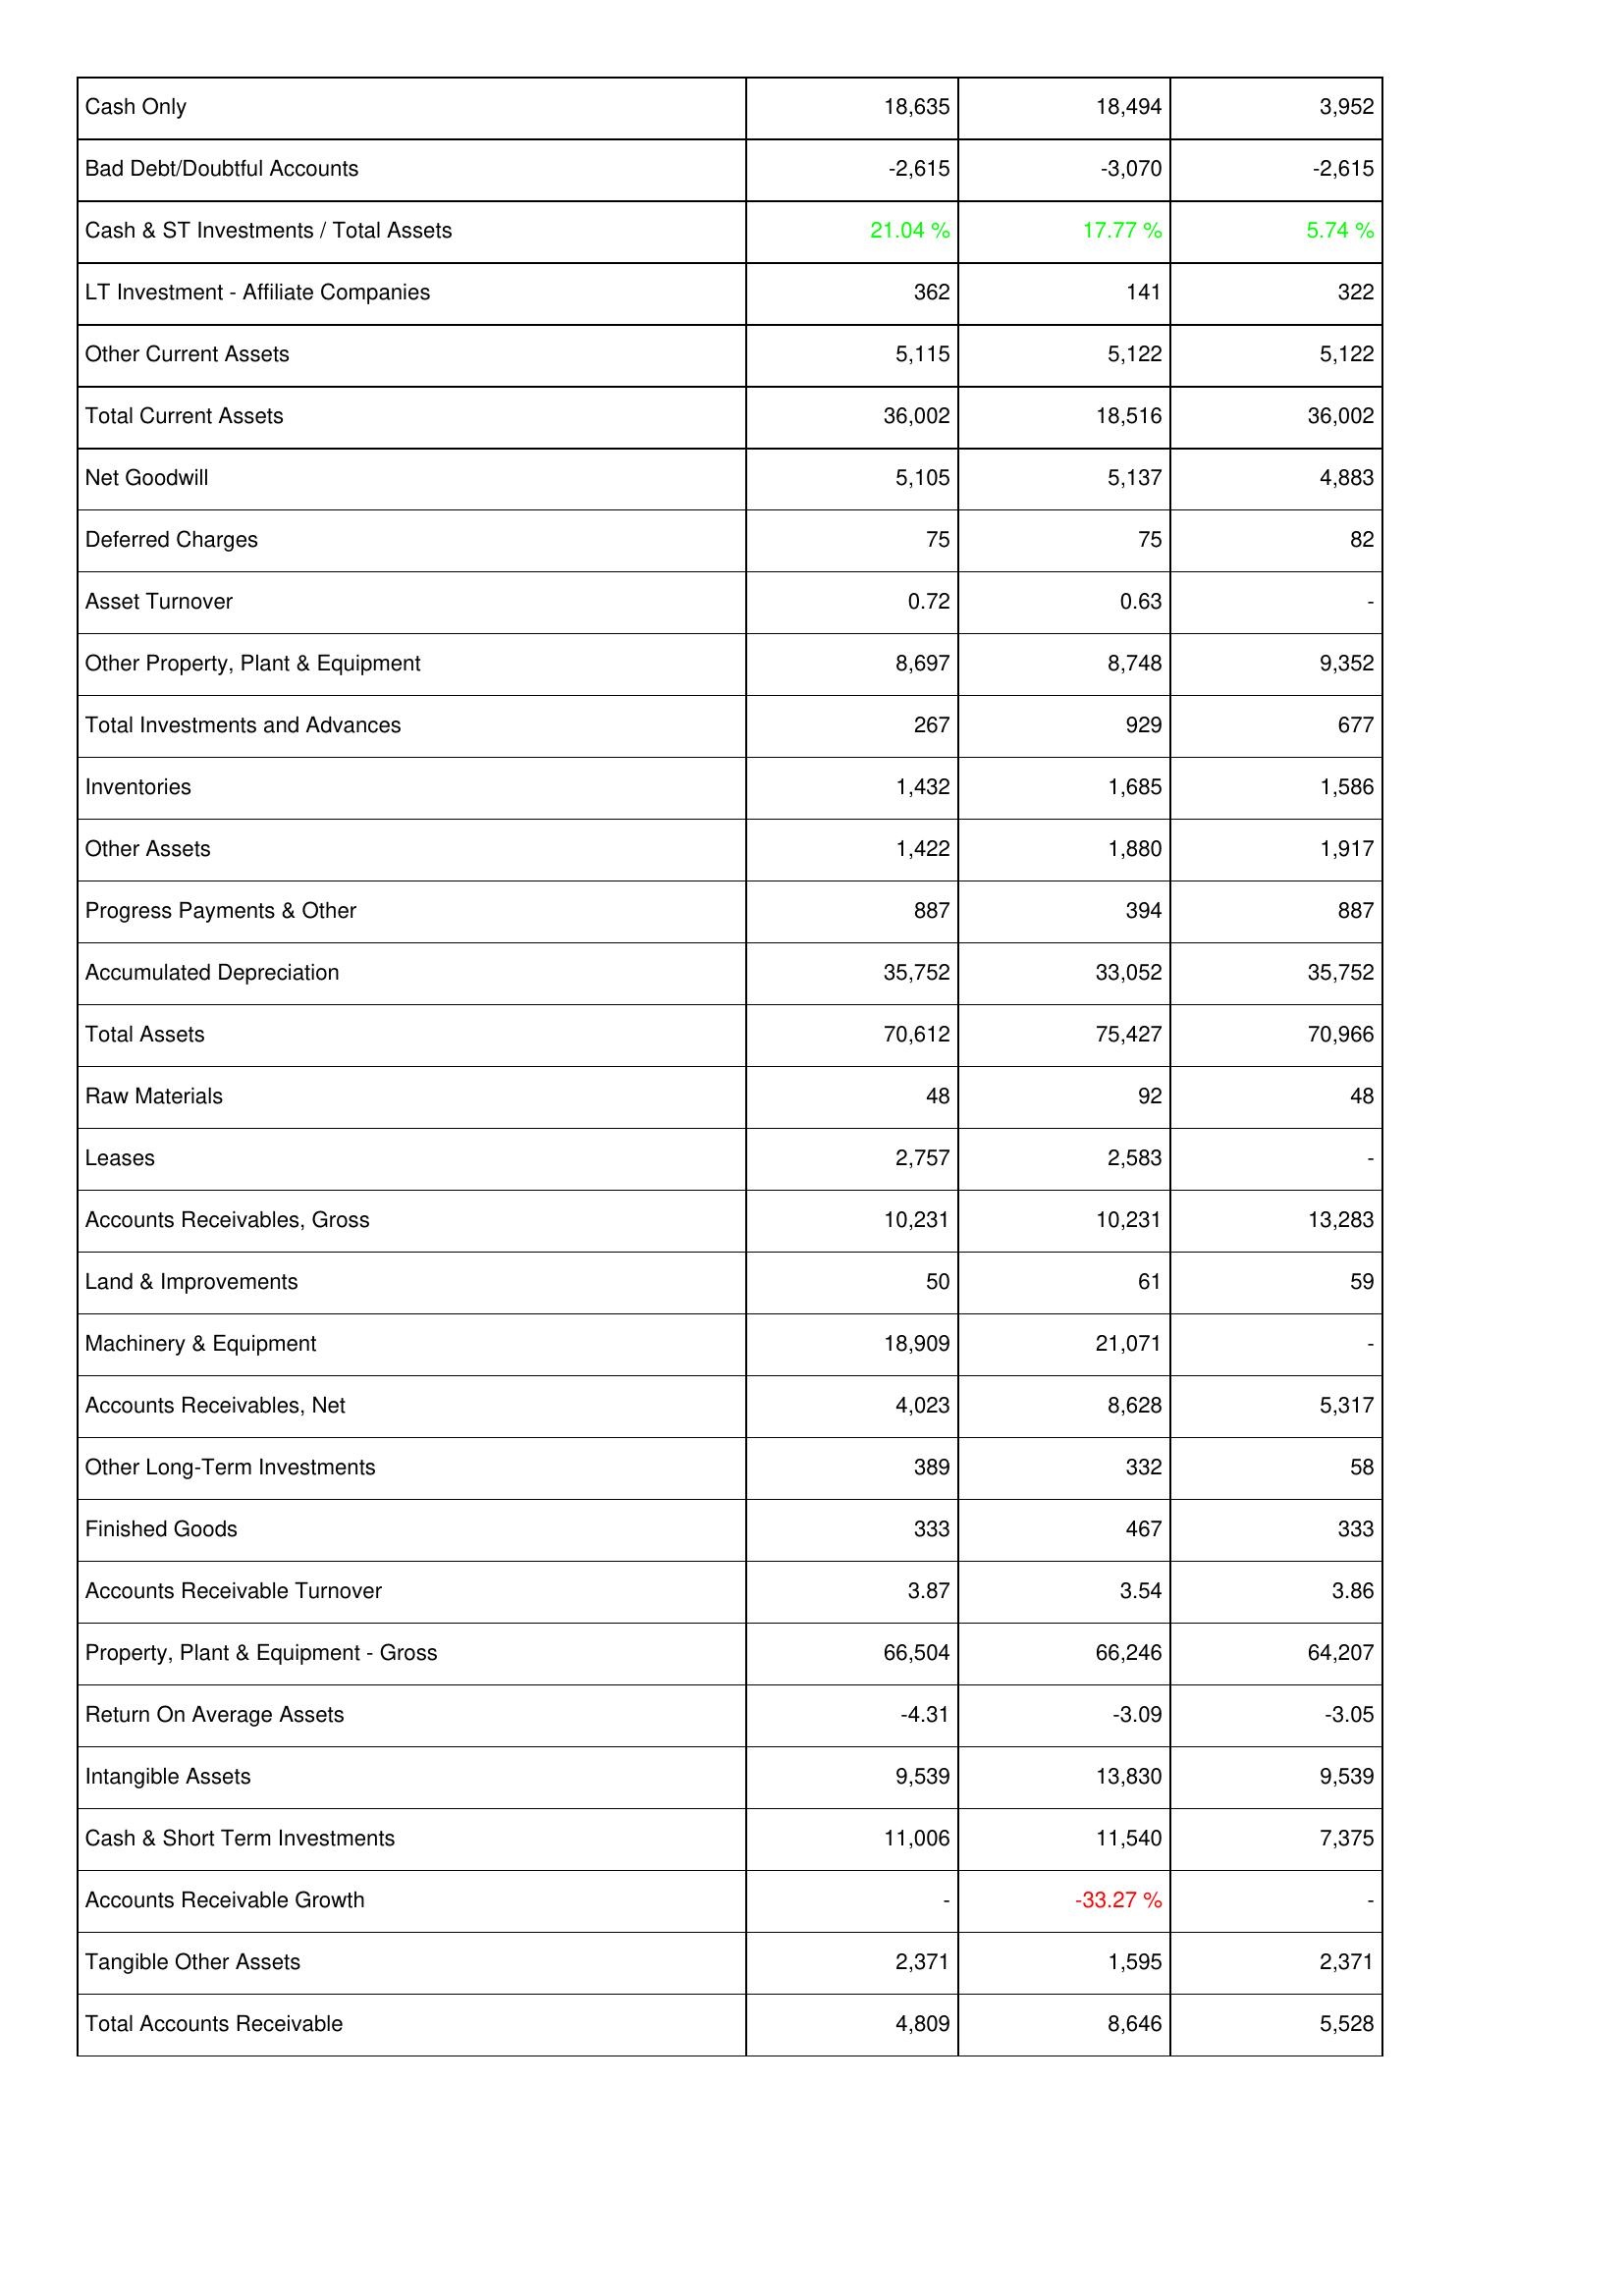
2016: Assets: Cash Only: 18,635
Bad Debt/Doubtful Accounts: -2,615
Cash & ST Investments / Total Assets: 21.04 %
LT Investment - Affiliate Companies: 362
Other Current Assets: 5,115
Total Current Assets: 36,002
Net Goodwill: 5,105
Deferred Charges: 75
Asset Turnover: 0.72
Other Property, Plant & Equipment: 8,697
Total Investments and Advances: 267
Inventories: 1,432
Other Assets: 1,422
Progress Payments & Other: 887
Accumulated Depreciation: 35,752
Total Assets: 70,612
Raw Materials: 48
Leases: 2,757
Accounts Receivables, Gross: 10,231
Land & Improvements: 50
Machinery & Equipment: 18,909
Accounts Receivables, Net: 4,023
Other Long-Term Investments: 389
Finished Goods: 333
Accounts Receivable Turnover: 3.87
Property, Plant & Equipment - Gross: 66,504
Return On Average Assets: -4.31
Intangible Assets: 9,539
Cash & Short Term Investments: 11,006
Accounts Receivable Growth: -
Tangible Other Assets: 2,371
Total Accounts Receivable: 4,809
2015: Assets: Cash Only: 18,494
Bad Debt/Doubtful Accounts: -3,070
Cash & ST Investments / Total Assets: 17.77 %
LT Investment - Affiliate Companies: 141
Other Current Assets: 5,122
Total Current Assets: 18,516
Net Goodwill: 5,137
Deferred Charges: 75
Asset Turnover: 0.63
Other Property, Plant & Equipment: 8,748
Total Investments and Advances: 929
Inventories: 1,685
Other Assets: 1,880
Progress Payments & Other: 394
Accumulated Depreciation: 33,052
Total Assets: 75,427
Raw Materials: 92
Leases: 2,583
Accounts Receivables, Gross: 10,231
Land & Improvements: 61
Machinery & Equipment: 21,071
Accounts Receivables, Net: 8,628
Other Long-Term Investments: 332
Finished Goods: 467
Accounts Receivable Turnover: 3.54
Property, Plant & Equipment - Gross: 66,246
Return On Average Assets: -3.09
Intangible Assets: 13,830
Cash & Short Term Investments: 11,540
Accounts Receivable Growth: -33.27 %
Tangible Other Assets: 1,595
Total Accounts Receivable: 8,646
2014: Assets: Cash Only: 3,952
Bad Debt/Doubtful Accounts: -2,615
Cash & ST Investments / Total Assets: 5.74 %
LT Investment - Affiliate Companies: 322
Other Current Assets: 5,122
Total Current Assets: 36,002
Net Goodwill: 4,883
Deferred Charges: 82
Asset Turnover: -
Other Property, Plant & Equipment: 9,352
Total Investments and Advances: 677
Inventories: 1,586
Other Assets: 1,917
Progress Payments & Other: 887
Accumulated Depreciation: 35,752
Total Assets: 70,966
Raw Materials: 48
Leases: -
Accounts Receivables, Gross: 13,283
Land & Improvements: 59
Machinery & Equipment: -
Accounts Receivables, Net: 5,317
Other Long-Term Investments: 58
Finished Goods: 333
Accounts Receivable Turnover: 3.86
Property, Plant & Equipment - Gross: 64,207
Return On Average Assets: -3.05
Intangible Assets: 9,539
Cash & Short Term Investments: 7,375
Accounts Receivable Growth: -
Tangible Other Assets: 2,371
Total Accounts Receivable: 5,528